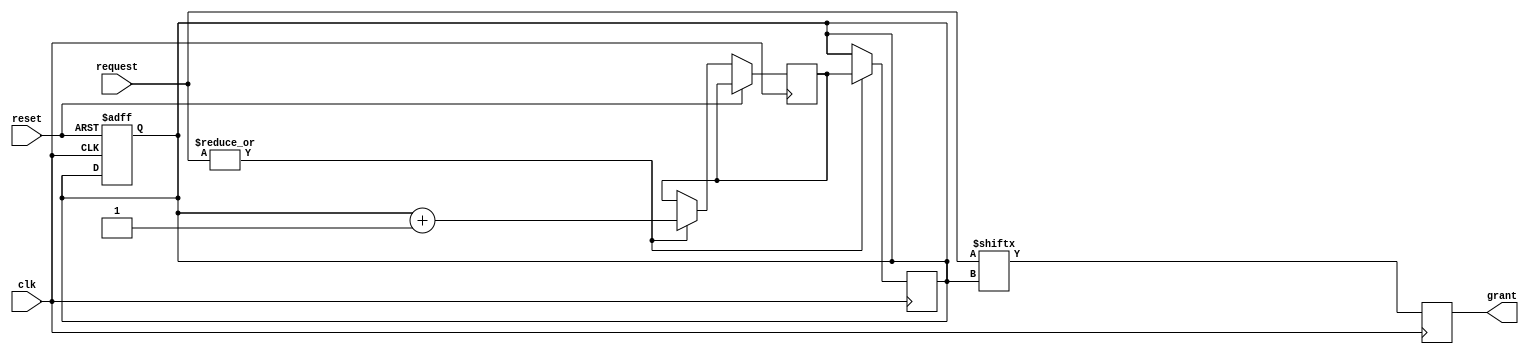
module round_robin_arbiter (
    input wire clk,
    input wire reset,
    input wire [N-1:0] request,
    output wire grant
);

parameter N = 4; // Number of devices or processes

reg [N-1:0] next_index;
reg [N-1:0] current_index;

always @(posedge clk or posedge reset) begin
    if (reset) begin
        current_index <= 0;
    end else begin
        if (|request) begin
            next_index <= current_index + 1;
        end
    end
end

always @(posedge clk) begin
    if (|request) begin
        current_index <= next_index;
    end
    grant <= request[current_index];
end

endmodule